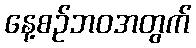
နေ့စဉ်ဘဝအတွက်